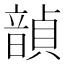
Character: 𫖙